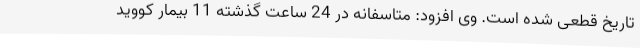
تاریخ قطعی شده است. وی افزود: متاسفانه در 24 ساعت گذشته 11 بیمار کووید